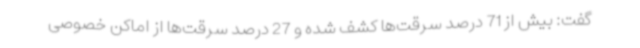
گفت: بیش از 71 درصد سرقت‌ها کشف شده و 27 درصد سرقت‌ها از اماکن خصوصی